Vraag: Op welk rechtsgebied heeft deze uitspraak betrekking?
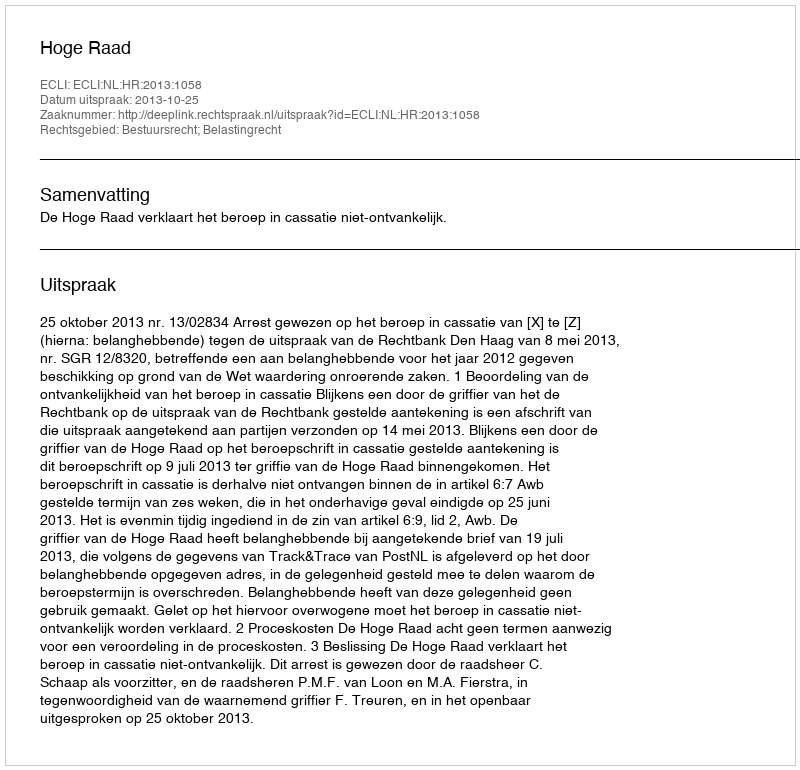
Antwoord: Bestuursrecht; Belastingrecht